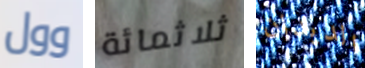
وول ثلاثمائة الديدان